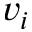
v _ { i }